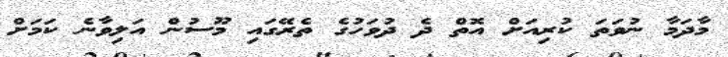
މާދަމާ ނުވަތަ ކުރިއަށް އޮތް ދެ ދުވަހުގެ ތެރޭގައި މޫސުން އަލިވާނެ ކަމަށް